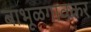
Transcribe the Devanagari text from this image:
बाभूळगावकर